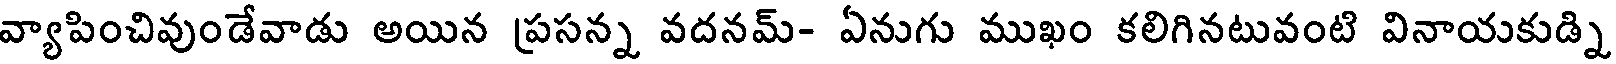
వ్యాపించివుండేవాడు అయిన ప్రసన్న వదనమ్- ఏనుగు ముఖం కలిగినటువంటి వినాయకుడ్ని